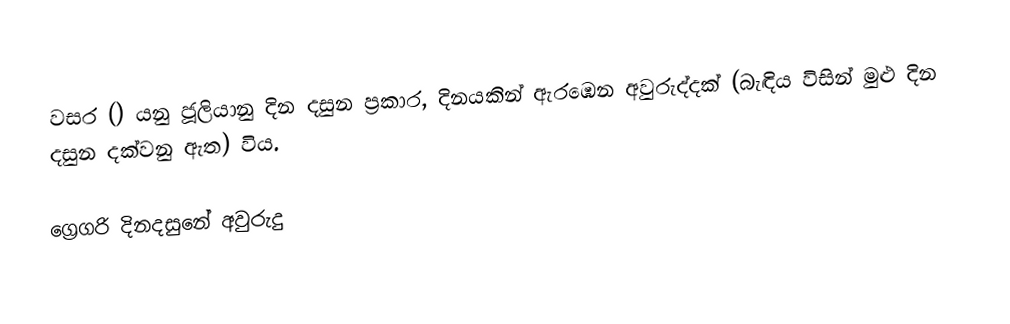

වසර   () යනු ජූලියානු දින දසුන ප්‍රකාර,    දිනයකින් ඇරඹෙන  අවුරුද්දක් (බැඳිය විසින් මුළු දින දසුන දක්වනු ඇත) විය.

ග්‍රෙගරි දිනදසුනේ අවුරුදු